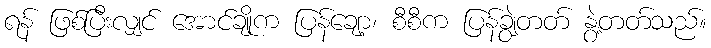
ရန် ဖြစ်ပြီးလျှင် အောင်ချိုက ပြန်ချော့၊ စီစီက ပြန်ချွဲတတ် နွဲ့တတ်သည်။